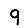
Digit: 9